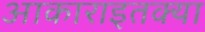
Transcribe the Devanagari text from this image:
आकाराइतक्या